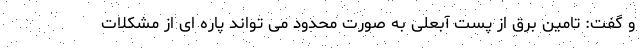
و گفت: تامین برق از پست آبعلی به صورت محدود می تواند پاره ای از مشکلات